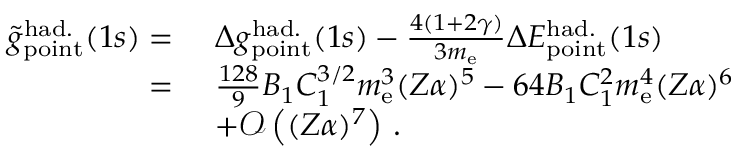
\begin{array} { r l } { \tilde { g } _ { \mathrm { p o i n t } } ^ { \mathrm { h a d . } } ( 1 s ) = \ } & { \Delta { g } _ { \mathrm { p o i n t } } ^ { \mathrm { h a d . } } ( 1 s ) - \frac { 4 ( 1 + 2 \gamma ) } { 3 m _ { \mathrm { e } } } \Delta { E } _ { \mathrm { p o i n t } } ^ { \mathrm { h a d . } } ( 1 s ) } \\ { = \ } & { \frac { 1 2 8 } { 9 } B _ { 1 } C _ { 1 } ^ { 3 / 2 } m _ { \mathrm { e } } ^ { 3 } ( Z \alpha ) ^ { 5 } - 6 4 B _ { 1 } C _ { 1 } ^ { 2 } m _ { \mathrm { e } } ^ { 4 } ( Z \alpha ) ^ { 6 } } \\ & { + \mathcal { O } \left( ( Z \alpha ) ^ { 7 } \right) \, . } \end{array}